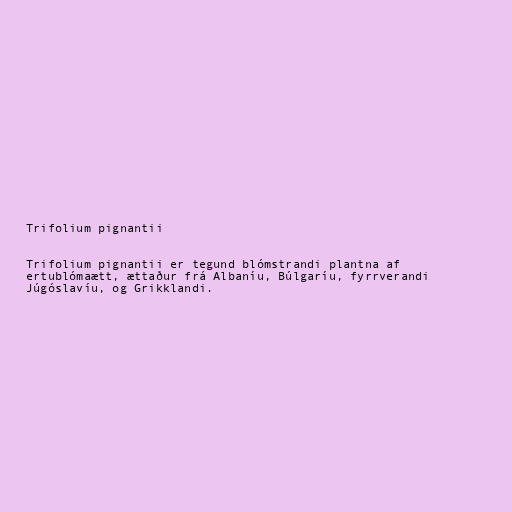
Trifolium pignantii

Trifolium pignantii er tegund blómstrandi plantna af
ertublómaætt, ættaður frá Albaníu, Búlgaríu, fyrrverandi
Júgóslavíu, og Grikklandi.